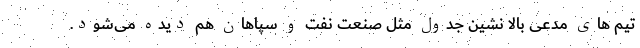
تیم های مدعی بالا نشین جدول مثل صنعت نفت و سپاهان هم دیده می‌شود.